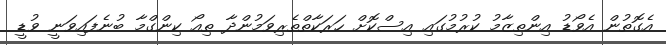
އެގޮތުން އެވޯޑު އިންތިޒާމު ކުރުމުގައި އިސްކޮށް ހަރަކާތްތެރިވަމުންދާ ތިއޯ ކިންގްމާ ބުނެފައިވަނީ ވުޑީ